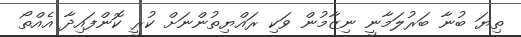
ތިޔަ ބުނާ ބަރުލަމާނީ ނިޒާމުން ވަކި ރައްޔިތުންނަށް ކުރީ ކޮންފައިދާ އެއްތޯ